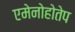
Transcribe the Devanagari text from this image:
एमेनोहोतेप